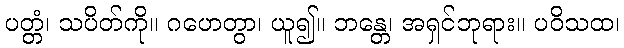
ပတ္တံ၊ သပိတ်ကို။ ဂဟေတွာ၊ ယူ၍။ ဘန္တေ၊ အရှင်ဘုရား။ ပဝိသထ၊